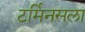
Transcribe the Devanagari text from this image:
टर्मिनसला